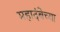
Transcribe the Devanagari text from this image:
महादंबेच्या